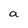
Character: a